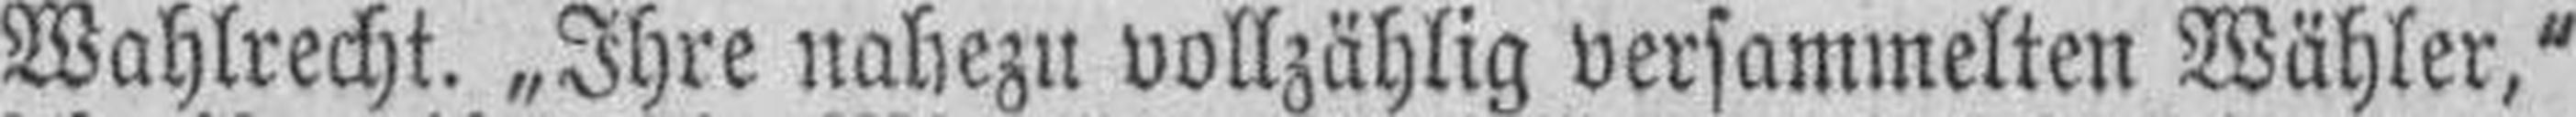
Wahlrecht. „Ihre nabezu vollzählig versammelten Wähler,"